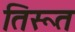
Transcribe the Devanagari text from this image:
तिरूत